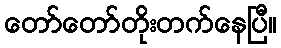
တော်တော်တိုးတက်နေပြီ။